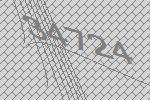
34724